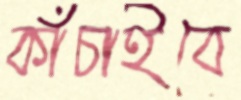
কাঁচাইবে